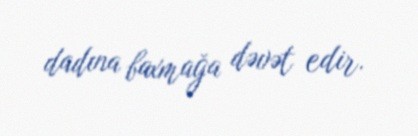
dadına baxmağa dəvət edir.